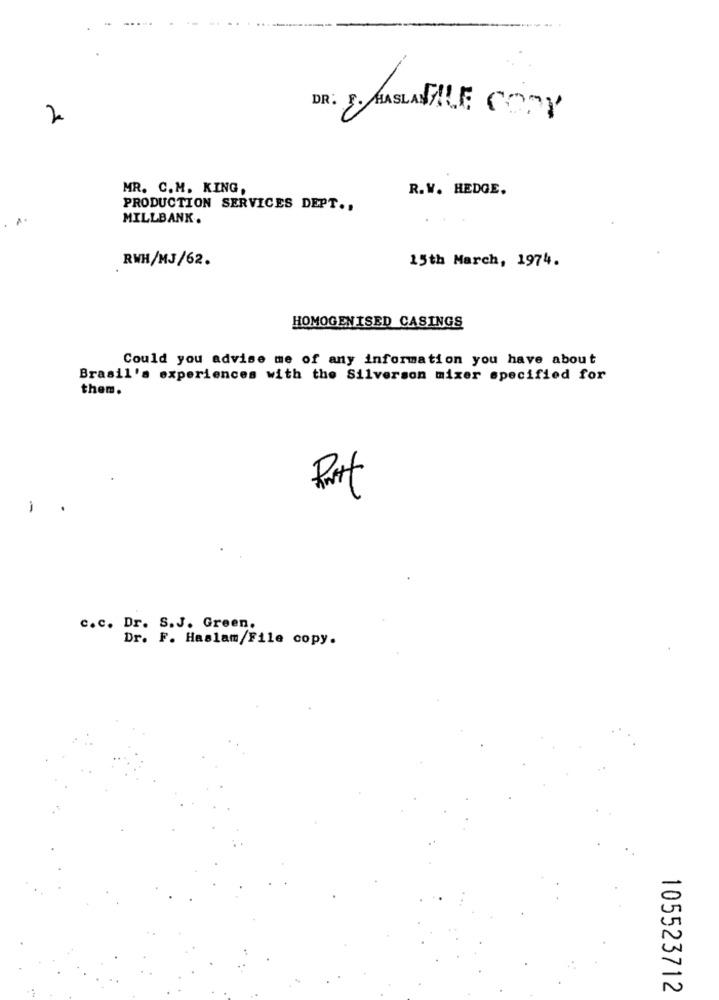
2
DR: 5. MASLABILE COPY
MR. C.M. KING,
R.W. HEDGE.
PRODUCTION SERVICES DEPT .,
MILLBANK.
RWH/MJ/62.
15th March, 1974.
HOMOGENISED CASINGS
Could you advise me of any information you have about
Brasil's experiences with the Silverson mixer specified for
them.
1
-
c.c. Dr. S.J. Green.
Dr. F. Haslam/File copy.
105523712